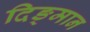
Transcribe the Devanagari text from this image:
दिङ्‌मान